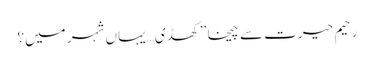
رحیم حیرت سے چیخا ’’کھڈی… یہاں شہر میں؟